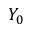
Y _ { 0 }